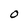
Character: O